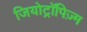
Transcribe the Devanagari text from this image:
जियोट्रॉपिज़्म